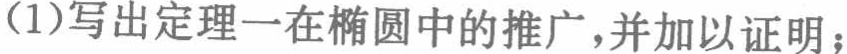
(1)写出定理一在椭圆中的推广,并加以证明；